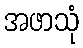
အဖာသုံ